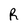
Character: R